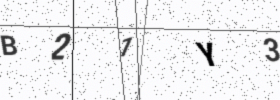
Text: B21Y3